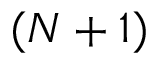
( N + 1 )